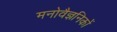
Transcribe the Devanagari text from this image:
मनोवैज्ञनिकों